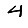
Digit: 4